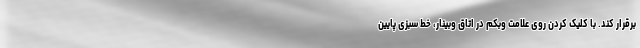
برقرار کند. با کلیک کردن روی علامت وبکم در اتاق وبینار، خط سبزی پایین